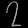
Digit: ၇